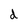
Character: d